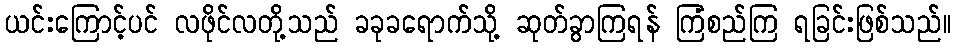
ယင်းကြောင့်ပင် လဖိုင်လတို့သည် ခခုခရောက်သို့ ဆုတ်ခွာကြရန် ကြံစည်ကြ ရခြင်းဖြစ်သည်။